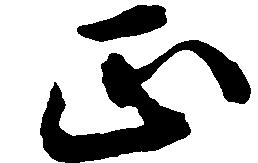
正